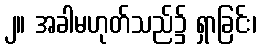
၂။ အခါမဟုတ်သည်၌ ရှာခြင်း၊